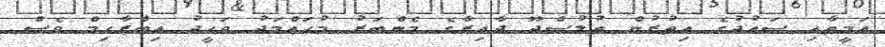
އަމީތާއި ސައުދުގެ އިތުރުން ތުލުސްދޫ ދާއިރާގެ މެންބަރު މުހައްމަދު ވަހީދު އިބްރާހިމް ވެސް